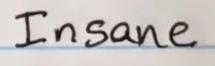
Insane